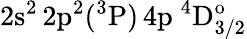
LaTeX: \mathrm{2s^{2}\, 2p^{2}(^{3}P)\, 4p~^{4}D_{3/2}^{o}}